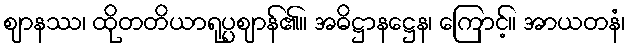
ဈာနဿ၊ ထိုတတိယာရုပ္ပဈာန်၏။ အဓိဋ္ဌာနဋ္ဌေန၊ ကြောင့်။ အာယတနံ၊